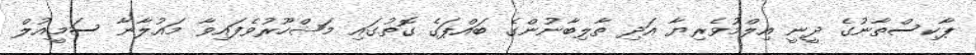
ޕާކިސްތާނުގެ ދީނީ އިލްމުވެރިޔާ އަދި ތާލިބާނުންގެ ބައްޕަގެ ގޮތުގައި މަޝްހޫރުވެފައިވާ މައުލާނާ ސަމީއުލް